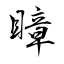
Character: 瞕